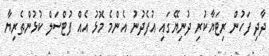
ދާދި ފަހުން ރިޓަޔާކުރި ދުނިޔޭގައި އުފެދުނު އެންމެ މޮޅު އެއް ފުޓްސަލް ކުޅުންތެރިޔާ